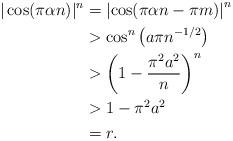
LaTeX: \begin{align*}|\cos(\pi\alpha n)|^n&=\left|\cos(\pi\alpha n-\pi m)\right|^n\\&>\cos^n\left(a\pi n^{-1/2}\right)\\&>\left(1-\frac{\pi^2a^2}{n}\right)^n\\&>1-\pi^2a^2\\&=r.\end{align*}